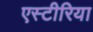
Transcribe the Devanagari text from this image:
एस्टीरिया